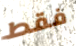
فقط